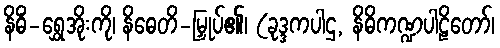
နိဓိံ-ရွှေအိုးကို၊ နိဓေတိ-မြှုပ်၏၊ (ခုဒ္ဒကပါဌ, နိဓိကဏ္ဍပါဠိတော်၊